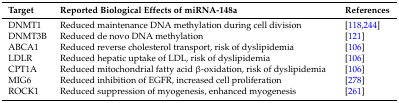
| Target | Reported Biological Effects of miRNA-148a | References |
 | --- | --- | --- |
 | DNMT1 | Reduced maintenance DNA methylation during cell division | [118,244] |
 | DNMT3B | Reduced de novo DNA methylation | [121] |
 | ABCA1 | Reduced reverse cholesterol transport, risk of dyslipidemia | [106] |
 | LDLR | Reduced hepatic uptake of LDL, risk of dyslipidemia | [106] |
 | CPT1A | Reduced mitochondrial fatty acid β-oxidation, risk of dyslipidemia | [106] |
 | MIG6 | Reduced inhibition of EGFR, increased cell proliferation | [278] |
 | ROCK1 | Reduced suppression of myogenesis, enhanced myogenesis | [261] |